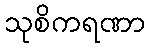
သုစိကရဏာ